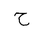
Letter: _ha